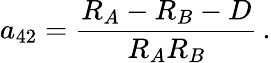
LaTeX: a_{42}={\frac{R_{A}-R_{B}-D}{R_{A}R_{B}}}\, .